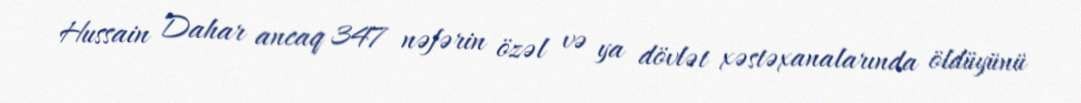
Hussain Dahar ancaq 347 nəfərin özəl və ya dövlət xəstəxanalarında öldüyünü